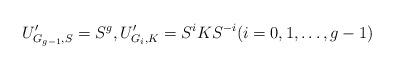
LaTeX: \begin{align*}U'_{G_{g-1},S}=S^g, U'_{G_i,K}=S^i K S^{-i}(i=0,1,\ldots,g-1)\end{align*}